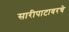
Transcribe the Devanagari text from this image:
सारीपाटावरचे